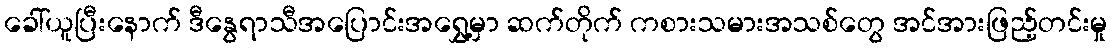
ခေါ်ယူပြီးနောက် ဒီနွေရာသီအပြောင်းအရွှေ့မှာ ဆက်တိုက် ကစားသမားအသစ်တွေ အင်အားဖြည့်တင်းမှု